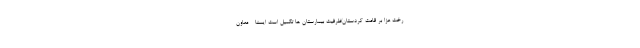
رخت عزا بر قامت کردستان/ظرفیت بیمارستان ها تکمیل است ایسنا - معاون